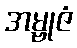
အမ္ဗုဇံ